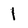
Character: 1